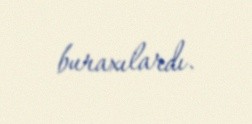
buraxılardı.